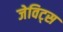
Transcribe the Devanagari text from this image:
जेविट्स